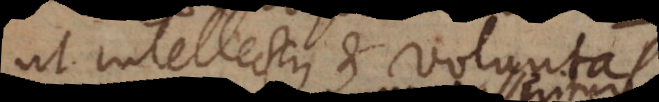
ut intellectus et voluntas,